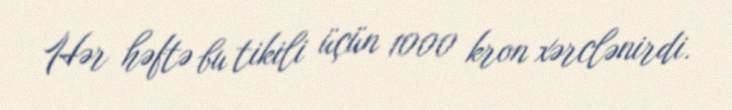
Hər həftə bu tikili üçün 1000 kron xərclənirdi.